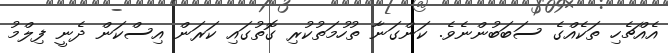
އެއްޗެހި ތަކެއްގެ ސަބަބުންނެވެ. ކަންގަނާ ތުހުމަތުކުރި ގޮތުގައި ކަރަން އިސްކަން ދެނީ ފިލްމު